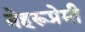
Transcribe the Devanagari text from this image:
नेहरूप्रेमी